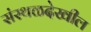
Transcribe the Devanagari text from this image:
संस्थळदेखील